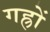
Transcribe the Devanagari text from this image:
गह्रों